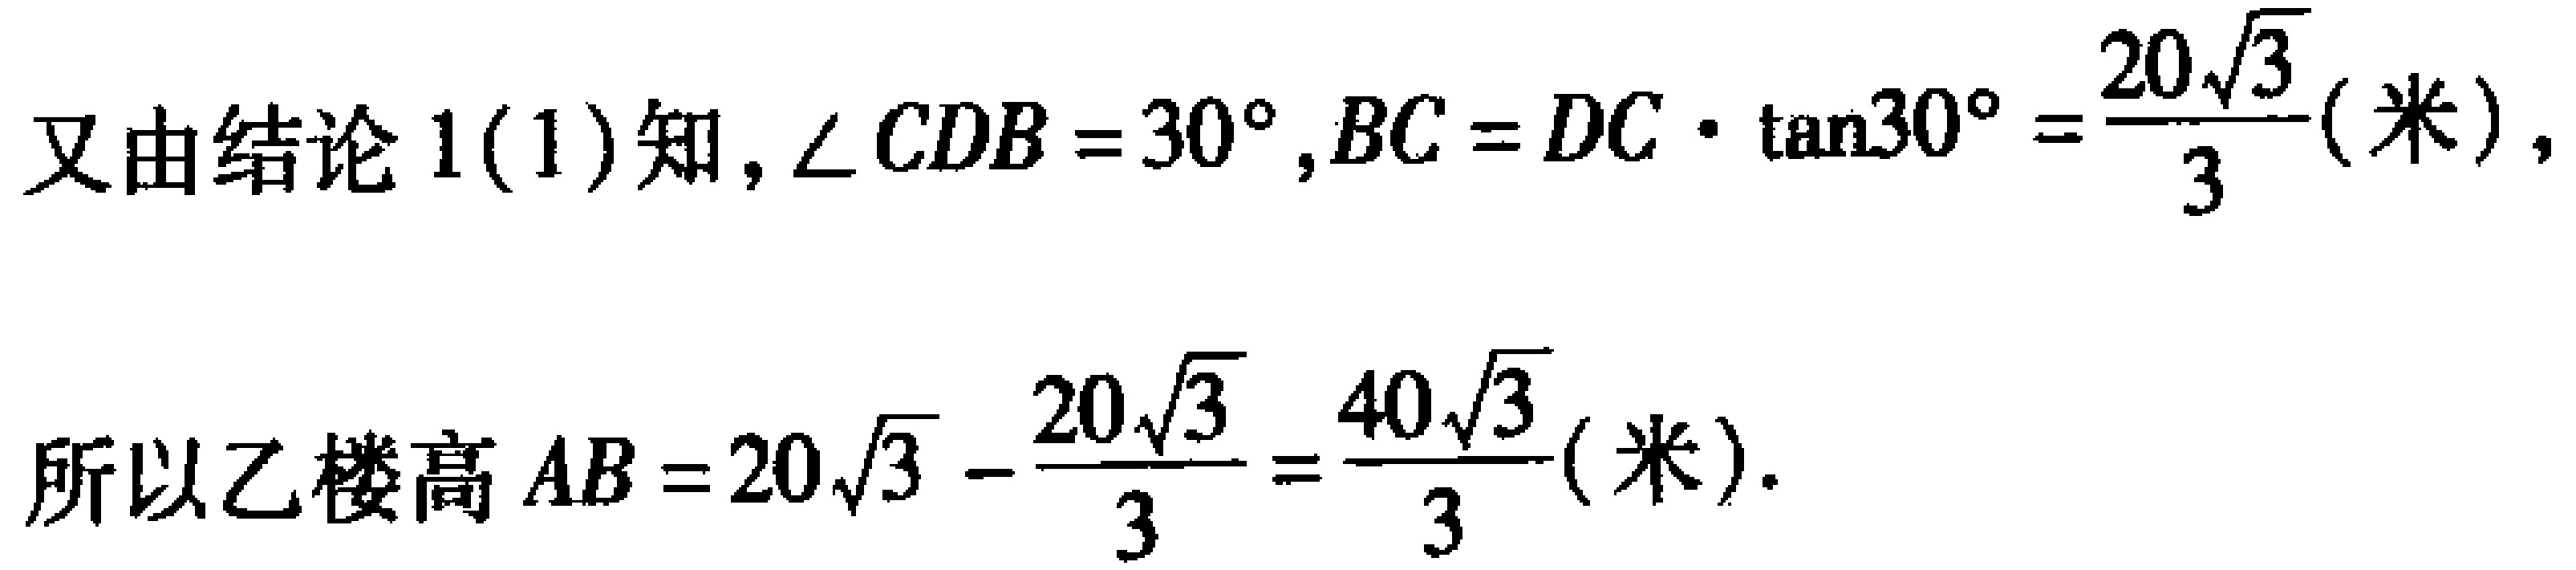
又由结论 1(1)知，\(\angle CDB = 30^{\circ},BC = DC\cdot\tan30^{\circ}=\frac{20\sqrt{3}}{3}(\text{米})\)，
所以乙楼高 \(AB = 20\sqrt{3}-\frac{20\sqrt{3}}{3}=\frac{40\sqrt{3}}{3}(\text{米})\).